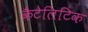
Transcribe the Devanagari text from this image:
कैटेलिटिक